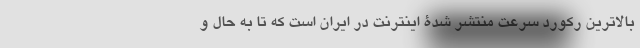
بالاترین رکورد سرعت منتشر شدۀ اینترنت در ایران است که تا به حال و